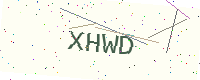
Text: XHWD